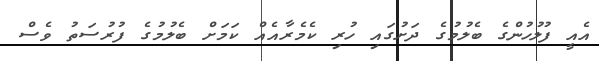
އެއީ ފުލުހުންގެ ބެލުމުގެ ދަށުގައި ހުރި ކެމެރާއެއް ކަމަށް ބެލުމުގެ ފުރުސަތު ވެސް